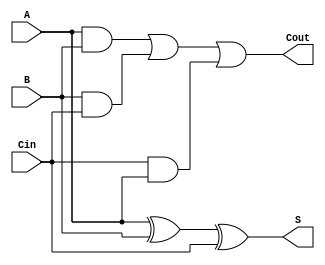
module full_adder (
    input wire A,     // First binary digit (1 bit)
    input wire B,     // Second binary digit (1 bit)
    input wire Cin,   // Carry-in from the previous less significant bit (1 bit)
    output wire S,    // Sum output (1 bit)
    output wire Cout   // Carry-out to the next more significant bit (1 bit)
);

// Compute the sum (S)
assign S = A ^ B ^ Cin;

// Compute the carry-out (Cout)
assign Cout = (A & B) | (B & Cin) | (Cin & A);

endmodule